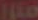
مترا